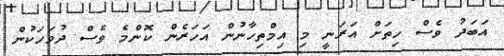
އަބަދު ވެސް ހިތަށް އަރަނީ މި އިމްތިހާނުން އަހަރެން ކޮންމެ ވެސް ދުވަހަކުން